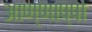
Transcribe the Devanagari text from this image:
आण्णाप्पा